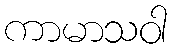
ကာမာသဝါ